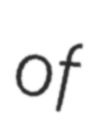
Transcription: of